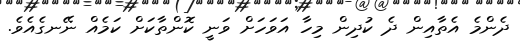
ދެންމެ އެތާއިން ދެ ކުދިން މިހާ އަވަހަށް ވަނީ ކޮންތާކަށް ކަމެއް ނޭނގެއެވެ.